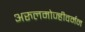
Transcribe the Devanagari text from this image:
अरुलमोज्हीवर्मन